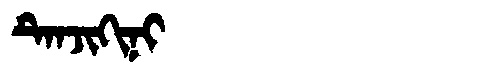
Manchu: ᡨᡝᠨᠵᡳᡴᡳᠨᡳ
Romanization: TENJIKINI